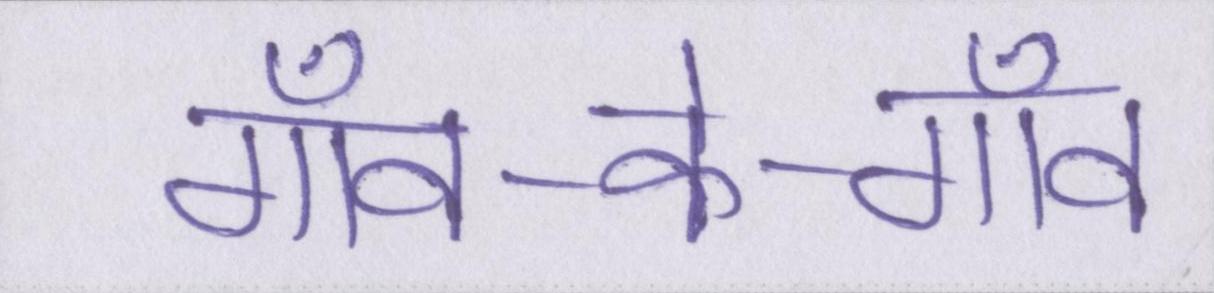
गाँव-के-गाँव